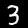
Label: 3